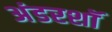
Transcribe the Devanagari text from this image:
अंडरशॉ